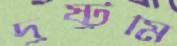
দুষ্টুমি